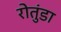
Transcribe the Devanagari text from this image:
रोतुंडा